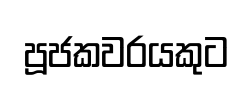
පූජකවරයකුට